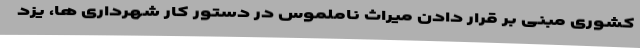
کشوری مبنی بر قرار دادن میراث ناملموس در دستور کار شهرداری ها، یزد